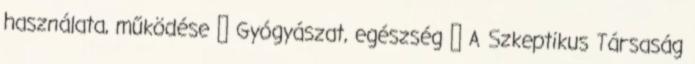
használata, működése ↳ Gyógyászat, egészség ↳ A Szkeptikus Társaság